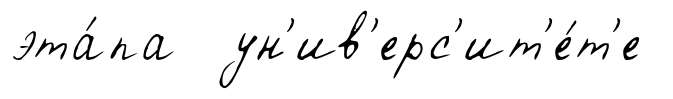
эта́па ун'ив'ерс'ит'е́т'е